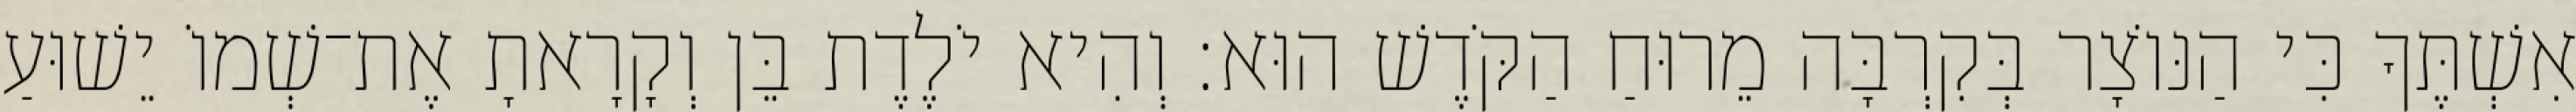
אִשְׁתֶּךָ כִּי הַנּוֹצָר בְּקִרְבָּה מֵרוּחַ הַקֹּדֶשׁ הוּא׃ וְהִיא יֹלֶדֶת בֵּן וְקָרָאתָ אֶת־שְׁמוֹ יֵשׁוּעַ